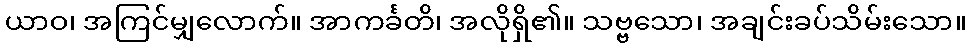
ယာဝ၊ အကြင်မျှလောက်။ အာကင်္ခတိ၊ အလိုရှိ၏။ သဗ္ဗသော၊ အချင်းခပ်သိမ်းသော။